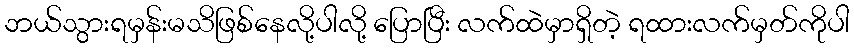
ဘယ်သွားရမှန်းမသိဖြစ်နေလို့ပါလို့ ပြောပြီး လက်ထဲမှာရှိတဲ့ ရထားလက်မှတ်ကိုပါ